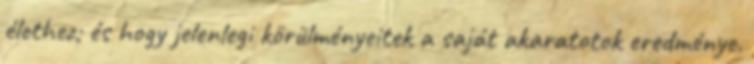
élethez; és hogy jelenlegi körülményeitek a saját akaratotok eredménye.